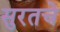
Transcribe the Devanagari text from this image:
सुरतचे